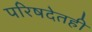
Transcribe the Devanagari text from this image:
परिषदेतही